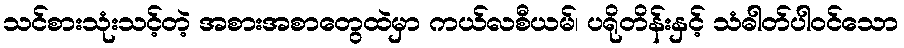
သင်စားသုံးသင့်တဲ့ အစားအစာတွေထဲမှာ ကယ်လစီယမ်၊ ပရိုတိန်းနှင့် သံဓါတ်ပါဝင်သော